Report on vaccination in Madras 1904-1921 - 1904-1921
Year: 1904
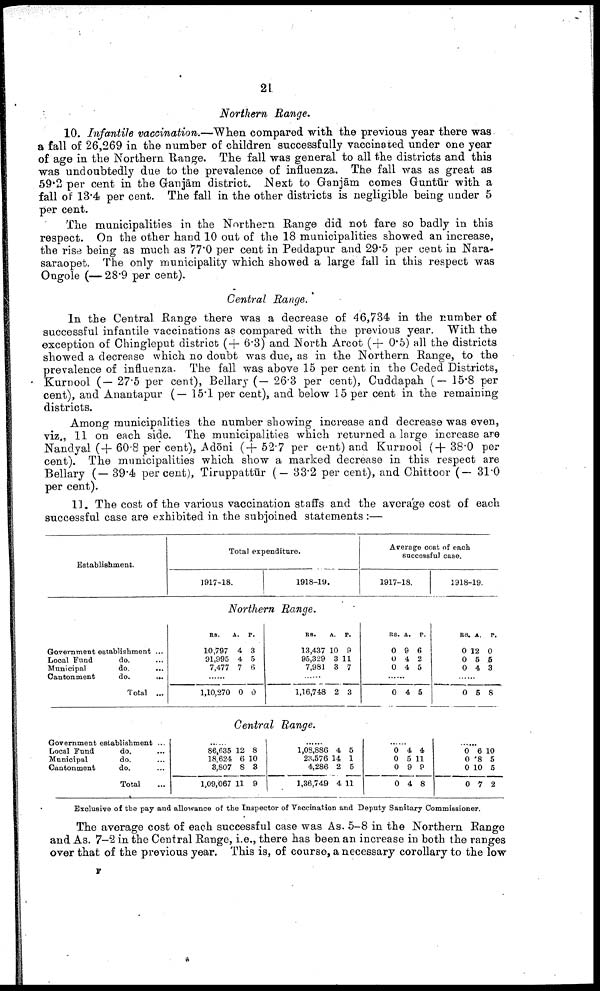
21
Northern Range.
10. Infantile vaccination.—When compared with the previous year there was
a fall of 26,269 in the number of children successfully vaccinated under one year
of age in the Northern Range. The fall was general to all the districts and this
was undoubtedly due to the prevalence of influenza. The fall was as great as
59.2 per cent in the Ganjām district. Next to Ganjām comes Guntūr with a
fall of 13.4 per cent. The fall in the other districts is negligible being under 5
per cent.
The municipalities in the Northern Range did not fare so badly in this
respect. On the other hand 10 out of the 18 municipalities showed an increase,
the rise being as much as 77.0 per cent in Peddapur and 29.5 per cent in Nara-
saraopet. The only municipality which showed a large fall in this respect was
Ongole (— 28.9 per cent).
Central Range.
In the Central Range there was a decrease of 46,734 in the number of
successful infantile vaccinations as compared with the previous year. With the
exception of Chingleput district (+ 6.3) and North Arcot (+ 0.5) all the districts
showed a decrease which no doubt was due, as in the Northern Range, to the
prevalence of influenza. The fall was above 15 per cent in the Ceded Districts,
Kurnool (— 27.5 per cent), Bellary (— 26.3 per cent), Cuddapah (— 15.8 per
cent), and Anantapur (— 15.1 per cent), and below 15 per cent in the remaining
districts.
Among municipalities the number showing increase and decrease was even,
viz., 11 on each side. The municipalities which returned a large increase are
Nandyal (+ 60.8 per cent), Adōni (+ 52.7 per cent) and Kurnool (+ 38.0 per
cent). The municipalities which show a marked decrease in this respect are
Bellary (— 39.4 per cent), Tiruppattur (— 33.2 per cent), and Chittoor (— 31.0
per cent).
11. The cost of the various vaccination staffs and the average cost of each
successful case are exhibited in the subjoined statements :—
Establishment.
Total expenditure.
1917-18.
1918-19.
Average cost of each
successful case.
1917-18.
1918-19.
Northern Range.
Government establishment ...
Local Fund
do. ...
Municipal
do. ...
Cantonment
do.
...
Total ...
RS.
10,797
91,995
7,477
A.
4
4
7
P.
3
5
6
.....
1,10,270 0 0
RS.
13,437
95,329
7,981
A.
10
3
3
P.
9
11
7
.....
1,16,748 2 3
RS.
0
0
0
A.
9
4
4
P.
6
2
5
.....
0 4 5
RS.
0
0
0
A.
12
5
4
P.
0
6
3
.....
0 5 8
Central Range.
Government establishment ...
Local Fund
do. ...
Municipal
do. ...
Cantonment
do. ...
Total
.....
86,635
18,624
3,807
1,09,067
12
6
8
11
8
10
3
9
....
1,08,886
28,576
4,286
1,36,749
4
14
2
4
5
1
5
11
.....
0
0
0
0
4
5
9
4
4
11
9
8
.....
0
0
0
0
6
8
10
7
10
5
6
2
Exclusive of the pay and allowance of the Inspector of Vaccination and Deputy Sanitary Commissioner.
The average cost of each successful case was As. 5-8 in the Northern Range
and As. 7-2 in the Central Range, i.e., there has been an increase in both the ranges
over that of the previous year. This is, of course, a necessary corollary to the low
F